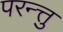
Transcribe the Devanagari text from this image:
परन्त्तु